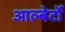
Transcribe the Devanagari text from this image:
आल्बेर्टो